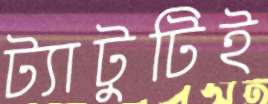
ট্যাটুটিই